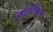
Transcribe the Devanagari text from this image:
जात्यभिमान